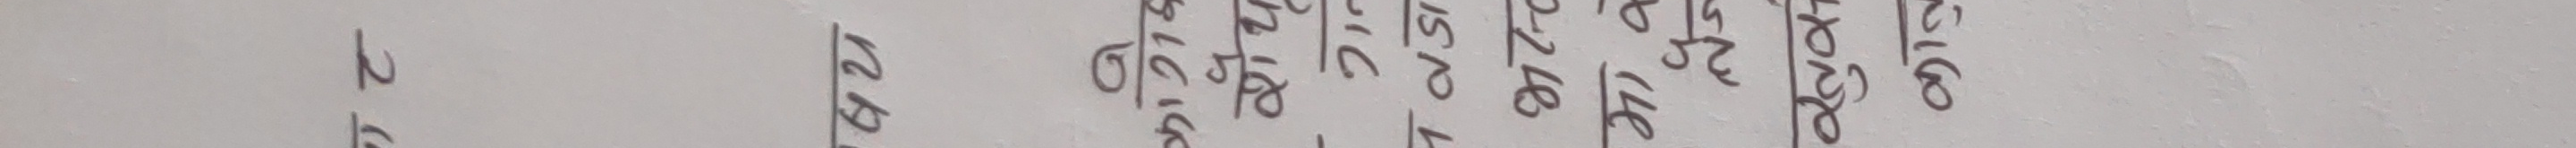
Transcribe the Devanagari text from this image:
२ / ५
१२ / ७१
१६० / २१८
१७० / ७६
२६ / १७६
१४ / २१७
२७ / २१८